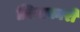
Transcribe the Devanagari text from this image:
ज़िनाकारी